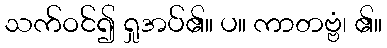
သက်ဝင်၍ ရှုအပ်၏။ ပ။ ကာတဗ္ဗံ၊ ၏။